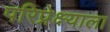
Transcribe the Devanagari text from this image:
परिप्रेक्ष्याला